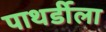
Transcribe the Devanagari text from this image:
पाथर्डीला